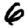
Digit: 6